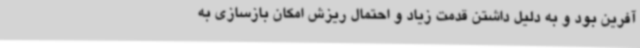
آفرین بود و به دلیل داشتن قدمت زیاد و احتمال ریزش امکان بازسازی به